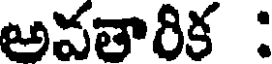
అవతారిక :